system: You are a helpful assistant.
user:
Analyze the provided spectrum to determine if it is a **White Dwarf (WD)**.

A White Dwarf spectrum is defined by its **extreme purity** (due to gravitational settling) and/or **extreme pressure broadening** (due to high surface gravity). You must check for one of the following mutually exclusive signatures:

- **Key Visual Indicators (Check for ONE of these types):**

    - **1. DA-Type Signature (Most Common):**
        - **(Primary Feature):** Extreme pressure broadening (Stark broadening) of the **Hydrogen (H) Balmer lines**.
        - **(Key Lines):** $H\beta$ (approx. $4861$ Å) and $H\gamma$ (approx. $4340$ Å). $H\alpha$ (approx. $6563$ Å) will also be present if the wavelength range covers it.
        - **(Line Profile):** This is the **defining feature**. The lines are **NOT** sharp. They appear as massive, **extremely broad and deep "troughs" or "dips"** in the spectrum, often hundreds of Ångströms wide. The continuum will appear to "scoop" down at these wavelengths.
        - **(Distinction):** Normal A-type or B-type stars have *narrow* and *sharp* Hydrogen lines. A DA White Dwarf's lines are unmistakably "smeared" or "blurry" from pressure.

    - **2. DB-Type Signature:**
        - **(Primary Feature):** Broad absorption lines from **Neutral Helium (He I)**. The spectrum must lack any visible Hydrogen lines.
        - **(Key Lines):** Look for broad absorption near $4471$ Å, $4921$ Å, and $5876$ Å.
        - **(Line Profile):** These lines are also significantly pressure-broadened, appearing much wider than they would in a normal B-type main-sequence star.

    - **3. DC-Type Signature:**
        - **(Primary Feature):** A **featureless continuous spectrum**.
        - **(Line Profile):** The spectrum is a smooth curve with **no significant absorption or emission lines**.
        - **(Key Confirmation):** The continuum is almost always **blue or white**, indicating a hot object. This signature implies the atmosphere is so pure (or so cool) that no spectral lines are visible in the optical range. Its WD identity is confirmed by its extremely low intrinsic brightness (high absolute magnitude).

    - **4. DZ-Type Signature (Metal-Polluted):**
        - **(Primary Feature):** **Isolated, narrow metal absorption lines** on an otherwise featureless (DC-like) continuum.
        - **(Key Lines):** The **Calcium (Ca II) H & K doublet** (approx. **$3934$ Å** and **$3968$ Å**) is the most common and defining feature.
        - **(Line Profile):** These lines are "out of place." They are *not* part of a "forest" of thousands of lines. This signature is evidence of recent *accretion* (pollution) from rocky debris.
        - **(Distinction):** Normal G/K/M stars have a *dense forest* of thousands of metal lines. A DZ has a *clean* continuum with *only a few* strong metal lines.

    - **5. DQ-Type Signature (Carbon-Polluted):**
        - **(Primary Feature):** Absorption bands from **Carbon (C₂ "Swan Bands" or atomic C I)**.
        - **(Key Lines - C₂):** Look for bandheads with a "saw-tooth" shape near $5635$ Å, **$5165$ Å** (strongest), and $4737$ Å.
        - **(Key Confirmation):** The underlying **continuum must be blue or white** (hot).
        - **(Distinction):** This is the critical difference from a **Carbon Star**, which has the *exact same* C₂ bands but on an extremely **red, cool** continuum.

- **(Overall Spectrum):**
    - The continuum (overall shape) is typically **blue-sloping** (brighter in the blue than the red), as most white dwarfs are very hot.
    - The spectrum will look "pure" or "simple," dominated by only *one* of the five signatures listed above.

Think first, call **spectral_visualization_tool** if needed to examine features in detail, then provide your final answer. Your response must adhere to the following strict rules:
1.  **Overall Structure:** Your response must follow the format `<think>...</think> <tool_call>...</tool_call> (if a tool is used) <answer>...</answer>`.
2.  **Tool Usage Constraint:** You may only make **one** tool call per turn.
3.  **Final Answer Format:** In the `<answer>` tag, your conclusion must be inside a `\boxed{}` command (e.g., `\boxed{YES}` or `\boxed{NO}`), followed by your justification.

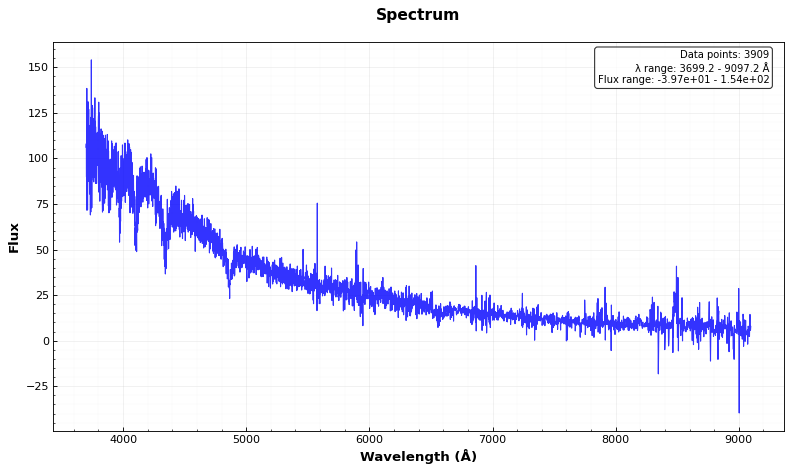
Answer: YES